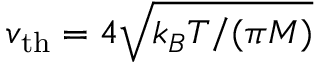
v _ { \mathrm { t h } } = 4 \sqrt { k _ { B } T / ( \pi M ) }